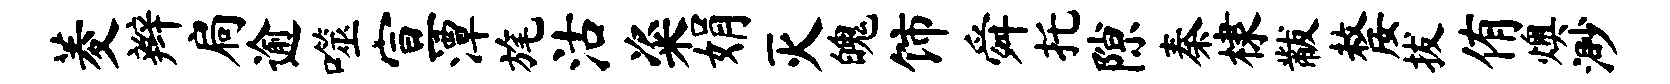
菱辫扃逾噬宣潭旄沽粢娟灭魄饰舜托隙秦棣黻嫠拔侑燠渺